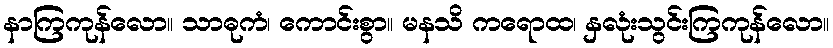
နာကြကုန်လော။ သာဓုကံ၊ ကောင်းစွာ။ မနသိ ကရောထ၊ နှလုံးသွင်းကြကုန်လော။